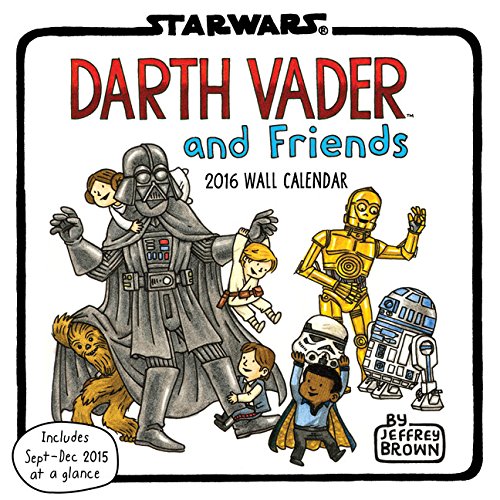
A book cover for Darth Vader and Friends 2016 Wall Calendar; Jeffrey Brown; Humor & Entertainment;